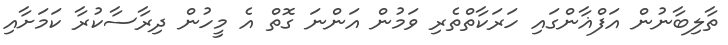
ތާލިބާނުން އަފްޣާންގައި ހަރަކާތްތެރި ވަމުން އަންނަ ގޮތް އެ މީހުން ދިރާސާކުރާ ކަމަށާއި